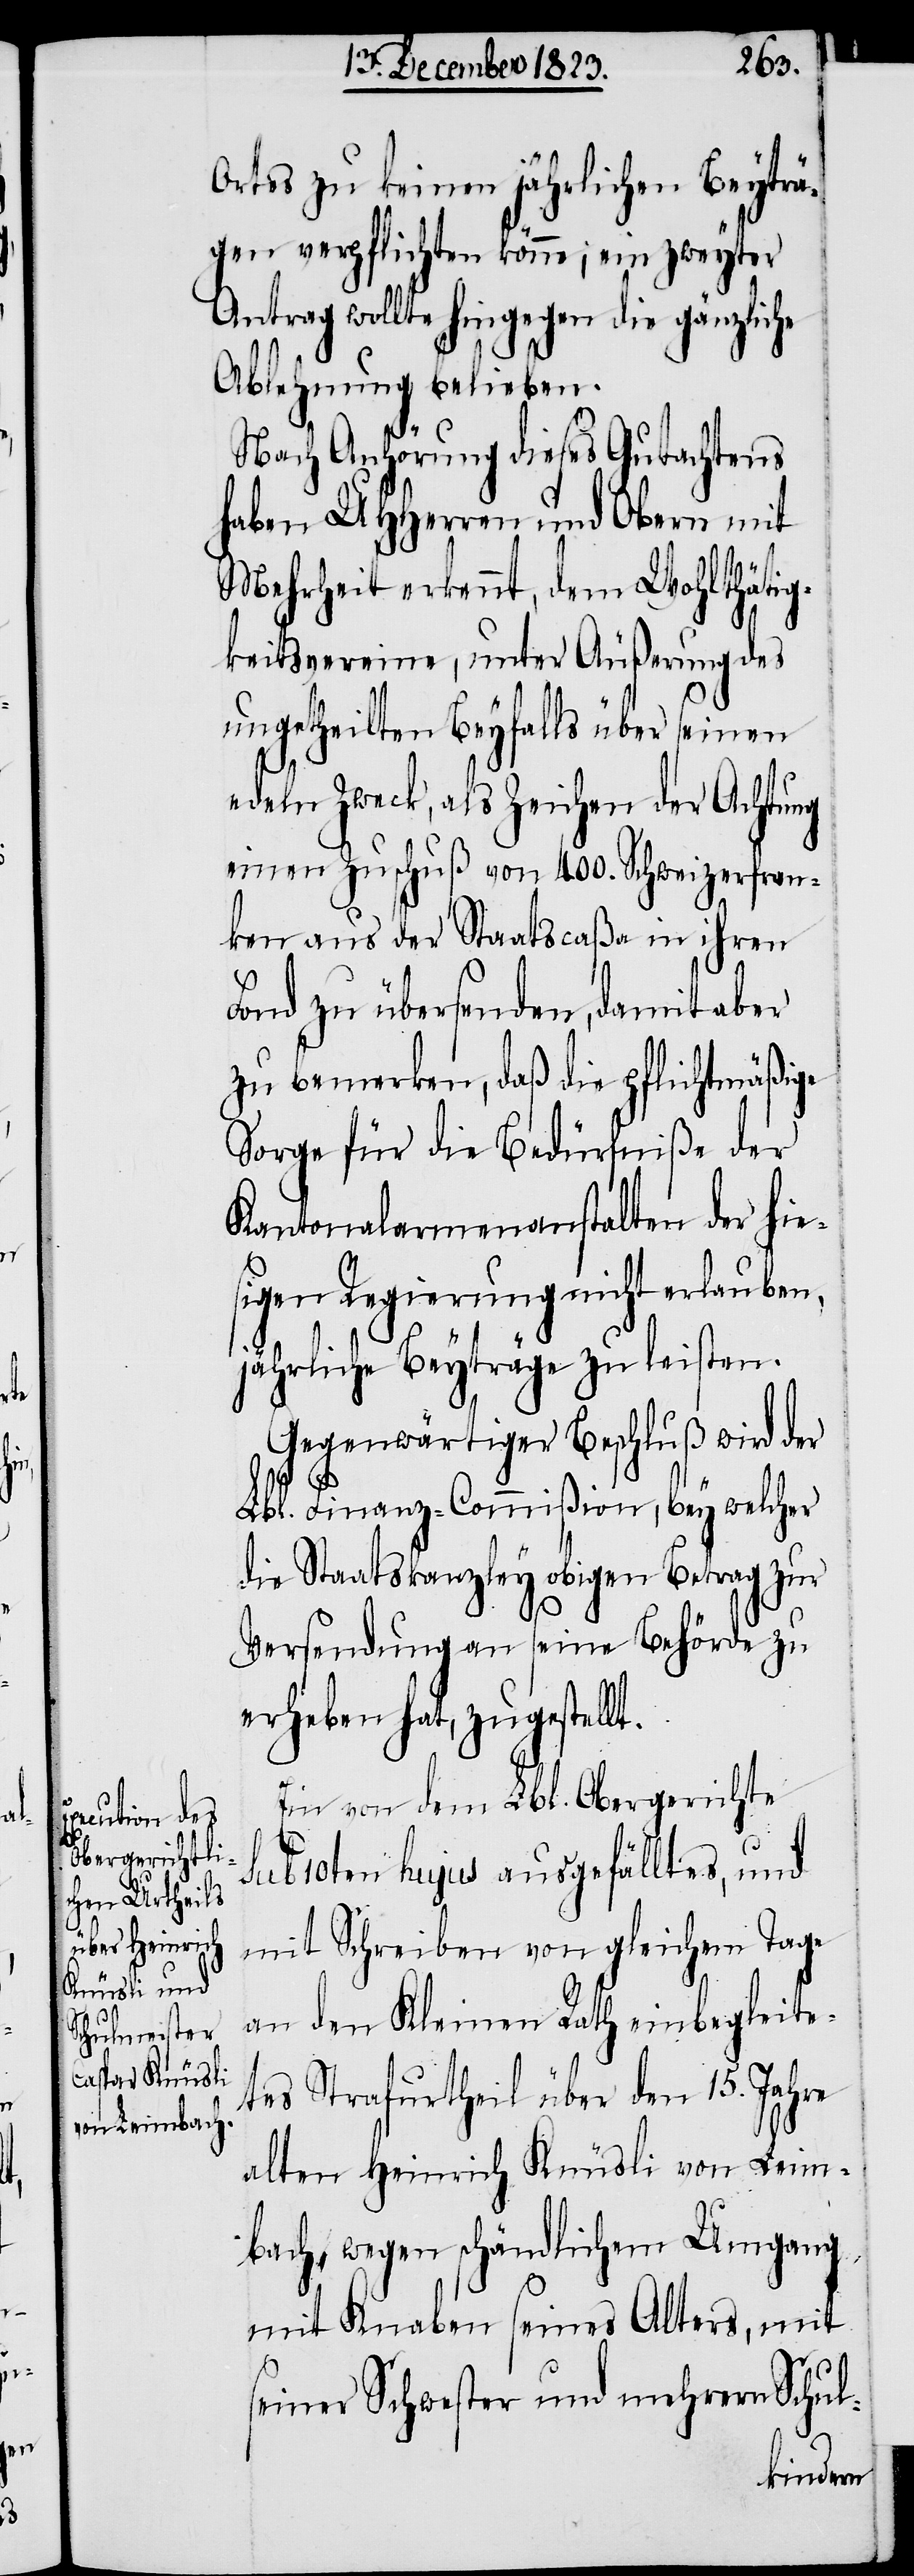
Ortes zu keinen jährlichen Beyträ¬
gen verpflichten könne; ein zweyter
Antrag wollte hingegen die gänzliche
Ablehnung belieben.
Nach Anhörung dieses Gutachtens
haben UHHerren und Obern mit
Mehrheit erkennt, dem Wohlthätig¬
keitsvereine, unter Äußerung des
ungetheilten Beyfalls über seinen
edeln Zweck, als Zeichen der Achtung
einen Zuschuß von 400. Schweizerfran¬
ken aus der Staatscaßa in ihren
Fond zu übersenden, damit aber
zu bemerken, daß die pflichtmäßige
Sorge für die Bedürfniße der
Kantonalarmenanstalten der hie¬
sigen Regierung nicht erlauben,
jährliche Beyträge zu leisten.
Gegenwärtiger Beschluß wird der
Lbl. Finanz-Commißion, bey welcher
die Staatskanzley obigen Betrag zur
Versendung an seine Behörde zu
erheben hat, zugestellt.
Ein von dem Lbl. Obergerichte
sub 10ten hujus ausgefälltes, und
mit Schreiben von gleichem Tage
an den Kleinen Rath einbegleite¬
tes Strafurtheil über den 15. Jahre
alten Heinrich Knüsli von Leim¬
bach, wegen schändlichem Umgang
mit Knaben seines Alters, mit
seiner Schwester und mehrern Schul-